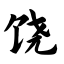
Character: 饶